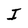
Character: I